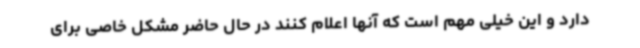
دارد و این خیلی مهم است که آنها اعلام کنند در حال حاضر مشکل خاصی برای